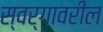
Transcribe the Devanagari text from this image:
स्वर्गावरील